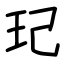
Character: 玘